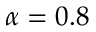
\alpha = 0 . 8